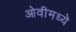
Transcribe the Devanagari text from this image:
ओवीमध्ये